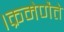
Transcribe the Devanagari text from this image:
।क्रमेणैते